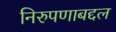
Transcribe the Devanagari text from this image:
निरुपणाबद्दल